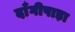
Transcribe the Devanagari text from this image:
दाँगीपाड़ा